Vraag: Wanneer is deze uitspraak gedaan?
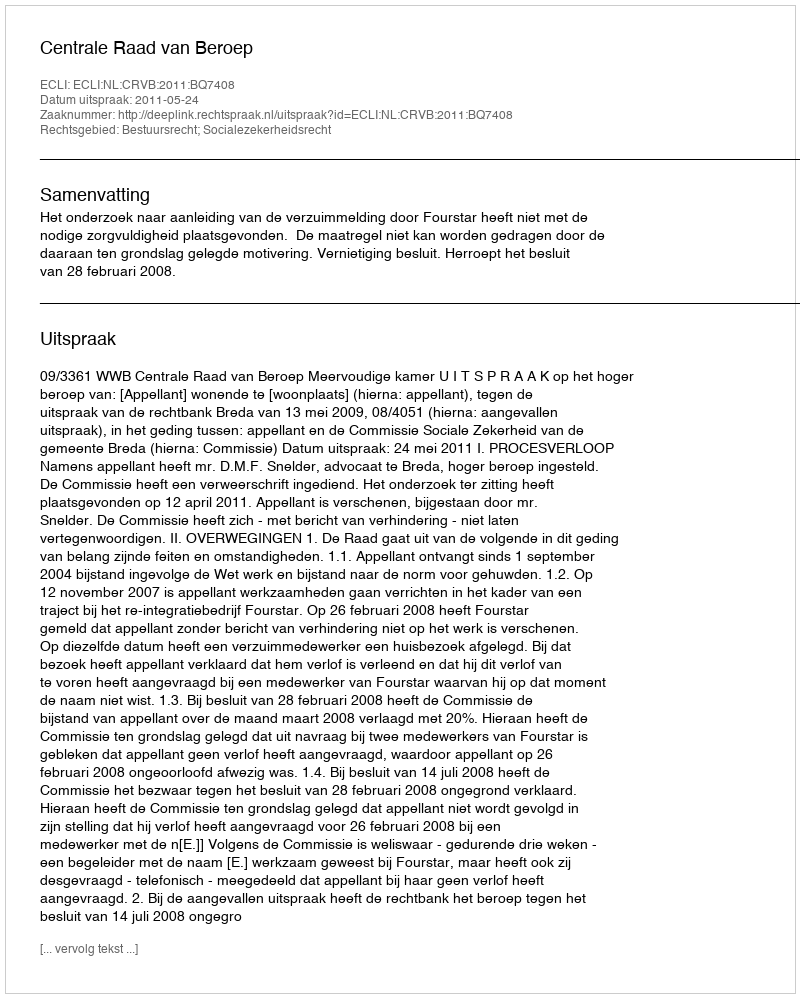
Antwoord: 2011-05-24